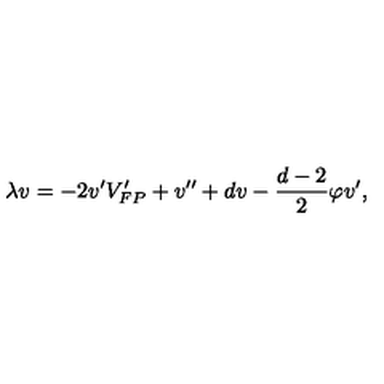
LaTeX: \lambda v = - 2 v ^ { \prime } V _ { F P } ^ { \prime } + v ^ { \prime \prime } + d v - \frac { d - 2 } { 2 } \varphi v ^ { \prime } ,